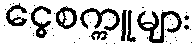
ငွေစက္ကူများ